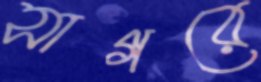
সাগরে